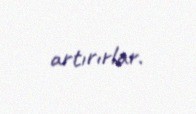
artırırlar.